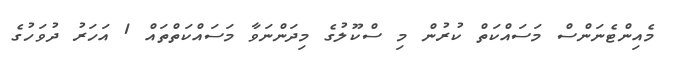
މެއިންޓެނަންސް މަސައްކަތް ކުރުން މި ސްކޫލުގެ މިދަންނަވާ މަސައްކަތްތައް 1 އަހަރު ދުވަހުގެ